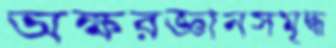
অক্ষরজ্ঞানসমৃদ্ধ